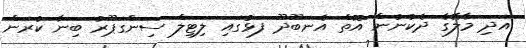
އަދި މާލޭގެ ދެކުނުން އޮތް އެނބޫދޫ ފަޅުގައި ލިޓިލް ސިންގަޕޫރު ބިނާ ކުރަން